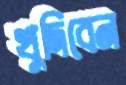
খুদিবেন